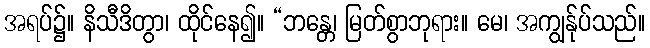
အရပ်၌။ နိသီဒိတွာ၊ ထိုင်နေ၍။ “ဘန္တေ၊ မြတ်စွာဘုရား။ မေ၊ အကျွန်ုပ်သည်။